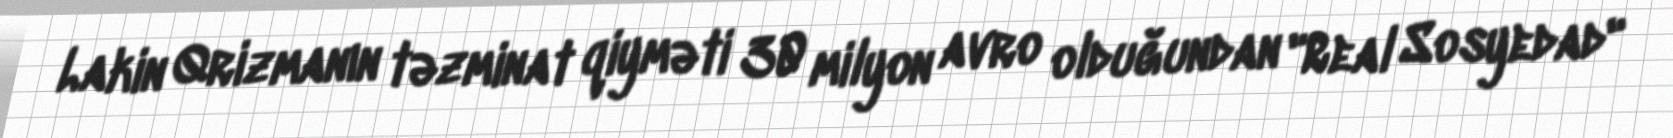
Lakin Qrizmanın təzminat qiyməti 30 milyon avro olduğundan "Real Sosyedad"